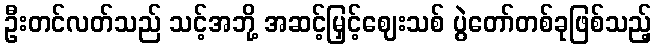
ဦးတင်လတ်သည် သင့်အဘို့ အဆင့်မြှင့်ဈေးသစ် ပွဲတော်တစ်ခုဖြစ်သည့်